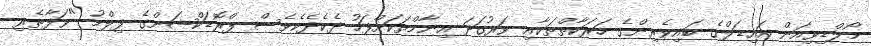
މޯލްޑިވިއަން އައިޑަލްގެ ބައިވެރިންގެ ހަރަކާތްތަކާއި ވަރުގަދަ އިނާމްތަކަށްފަހު ދެކެދެކެވެސް ޕްރޮޑަކްޝަންގެ ފިލްމު "ވަފާތެރި